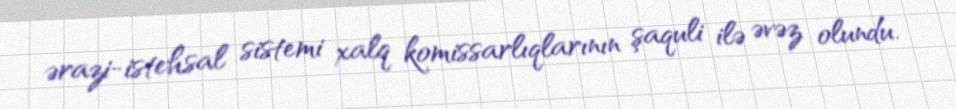
ərazi-istehsal sistemi xalq komissarlıqlarının şaquli ilə əvəz olundu.